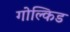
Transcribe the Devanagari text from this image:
गोल्किड